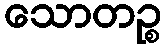
သောတဉ္စ